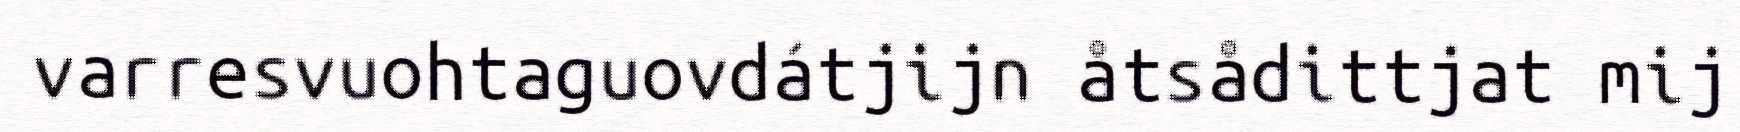
varresvuohtaguovdátjijn åtsådittjat mij